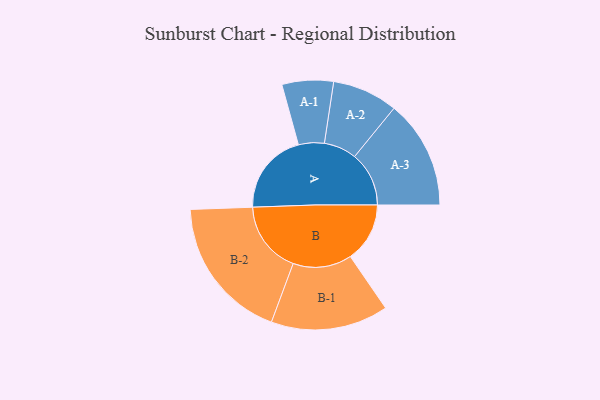
{"axis": {"x": "Segment", "y": "Value"}, "legend": ["", "A", "B"], "data": [{"x": "A", "y": 338, "type": ""}, {"x": "B", "y": 245, "type": ""}, {"x": "A-1", "y": 106, "type": "A"}, {"x": "A-2", "y": 135, "type": "A"}, {"x": "A-3", "y": 224, "type": "A"}, {"x": "B-1", "y": 242, "type": "B"}, {"x": "B-2", "y": 298, "type": "B"}]}